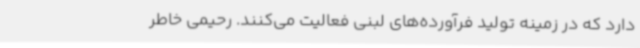
دارد که در زمینه تولید فرآورده‌های لبنی فعالیت می‌کنند. رحیمی خاطر